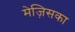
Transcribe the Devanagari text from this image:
मेज़िसका